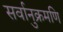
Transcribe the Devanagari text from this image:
सर्वानुक्रमणि